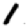
Digit: 1